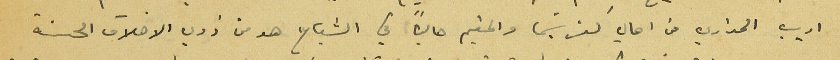
اديب الحداري من اهالي كفرشيما والمقيم حالياً في الشياح هو من ذوي الاخلاق الحسنة